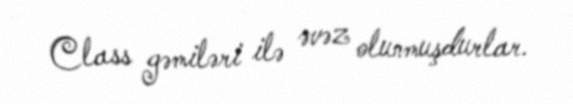
Class gəmiləri ilə əvəz olunmuşdurlar.